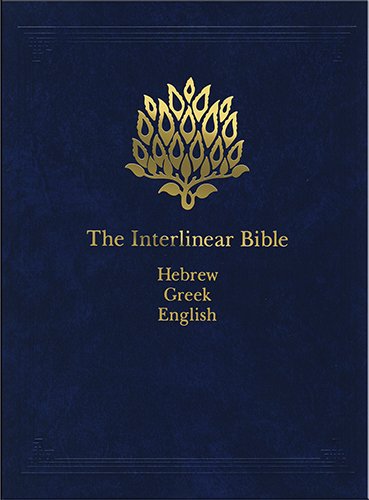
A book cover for The Interlinear Bible: Hebrew-Greek-English (English, Hebrew and Greek Edition); Reference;